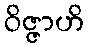
ဝိဇ္ဇာဟိ